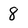
Character: 8